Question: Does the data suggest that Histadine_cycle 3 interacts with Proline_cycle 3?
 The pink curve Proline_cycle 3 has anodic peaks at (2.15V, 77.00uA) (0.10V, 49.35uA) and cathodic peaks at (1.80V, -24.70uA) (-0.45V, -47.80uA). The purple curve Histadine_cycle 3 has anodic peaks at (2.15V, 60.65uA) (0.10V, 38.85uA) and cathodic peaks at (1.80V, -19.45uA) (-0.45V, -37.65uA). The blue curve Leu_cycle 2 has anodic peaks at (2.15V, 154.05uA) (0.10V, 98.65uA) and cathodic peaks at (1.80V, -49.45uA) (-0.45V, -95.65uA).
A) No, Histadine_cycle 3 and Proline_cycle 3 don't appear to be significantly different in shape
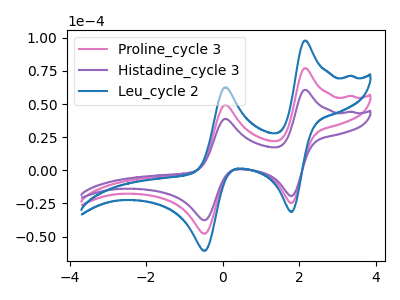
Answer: <think>All the peaks in "Histadine_cycle 3" have a peak in "Proline_cycle 3" at the same potential. Every peak in "Histadine_cycle 3" is lower than every peak in "Proline_cycle 3".
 </think>
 <answer>A) No, "Histadine_cycle 3" and "Proline_cycle 3" don't appear to be significantly different in shape</answer>
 <eval>A</eval>